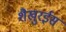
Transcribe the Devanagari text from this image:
शैखुरईस